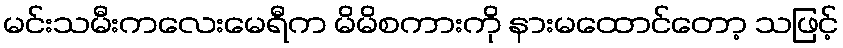
မင်းသမီးကလေးမေရီက မိမိစကားကို နားမထောင်တော့ သဖြင့်